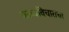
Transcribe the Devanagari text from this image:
काव्यविचाराचा